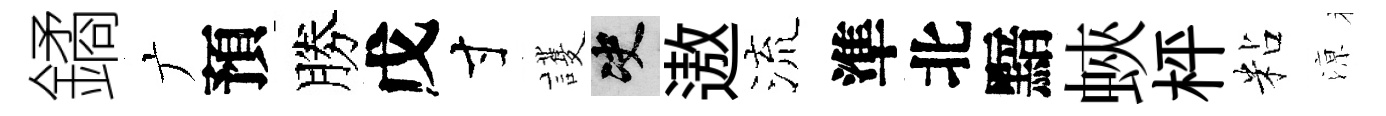
鐍广預勝戊寸護决遨流準北黯蛺枰粘鿌